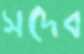
সদেব